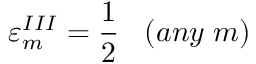
{ \varepsilon } _ { m } ^ { I I I } = \frac { 1 } { 2 } \; \; \; ( a n y \; m )